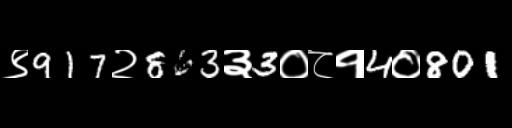
Text: ९917२863३3०८१4०801